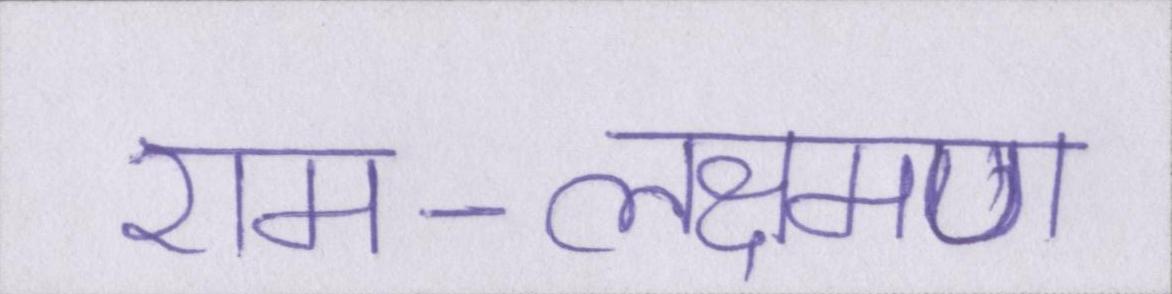
राम-लक्ष्मण